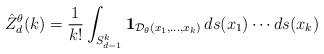
LaTeX: \begin{align*}\hat Z_d^\theta( k) &= \frac{1}{k!} \int_{S_{d-1}^k} \mathbf 1_{\mathcal D_\theta(x_1, \dots, x_k)} \, ds(x_1) \cdots ds(x_k)\end{align*}